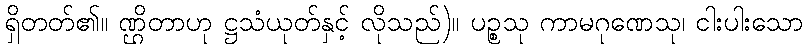
ရှိတတ်၏။ ဏ္ဌိတာဟု ဋ္ဌသံယုတ်နှင့် လိုသည်)။ ပဉ္စသု ကာမဂုဏေသု၊ ငါးပါးသော